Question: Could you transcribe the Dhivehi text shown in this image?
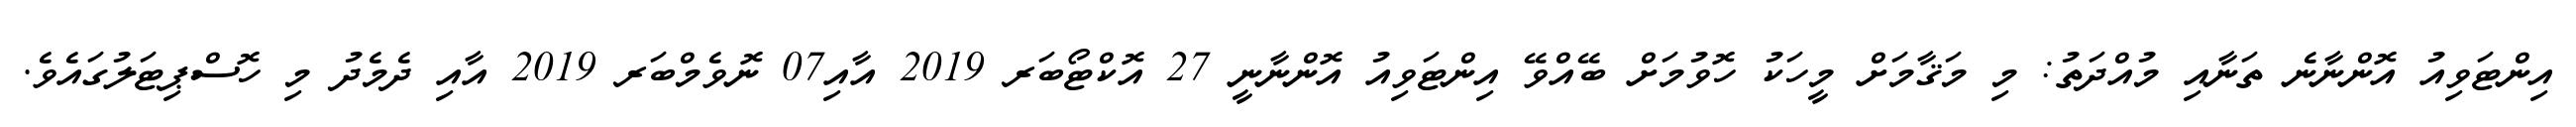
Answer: އިންޓަވިއު އޮންނާނެ ތަނާއި މުއްދަތު: މި މަޤާމަށް މީހަކު ހޮވުމަށް ބޭއްވޭ އިންޓަވިއު އޮންނާނީ 27 އޮކްޓޯބަރ 2019 އާއި07 ނޮވެމްބަރ 2019 އާއި ދެމެދު މި ހޮސްޕިޓަލުގައެވެ.